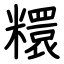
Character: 糫